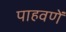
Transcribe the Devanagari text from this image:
पाहवणें